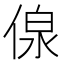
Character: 𱎽